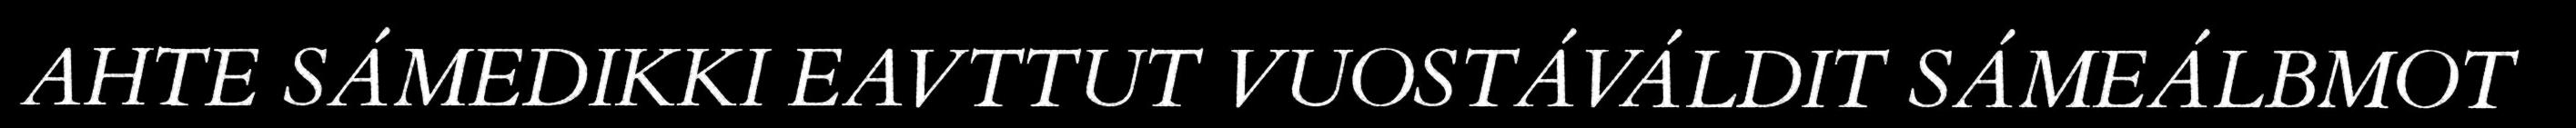
AHTE SÁMEDIKKI EAVTTUT VUOSTÁVÁLDIT SÁMEÁLBMOT